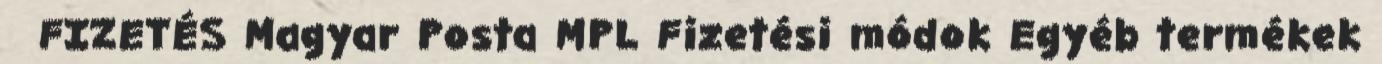
FIZETÉS Magyar Posta MPL Fizetési módok Egyéb termékek